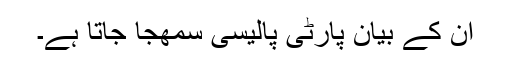
ان کے بیان پارٹی پالیسی سمھجا جاتا ہے۔